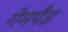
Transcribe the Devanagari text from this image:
गेमपैड